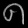
Digit: ၈